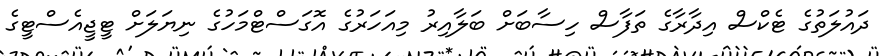
ދައުލަތުގެ ޓެކްސް އިދާރާގެ ތަފާސް ހިސާބަށް ބަލާއިރު މިއަހަރުގެ އޮގަސްޓްމަހުގެ ނިޔަލަށް ޓީޖީއެސްޓީގެ